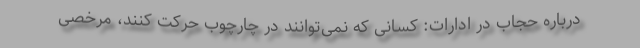
درباره حجاب در ادارات: کسانی که نمی‌توانند در چارچوب حرکت کنند، مرخصی